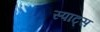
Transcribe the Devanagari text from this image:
स्पाट्स